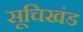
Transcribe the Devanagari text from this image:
सूचिखंड